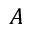
A